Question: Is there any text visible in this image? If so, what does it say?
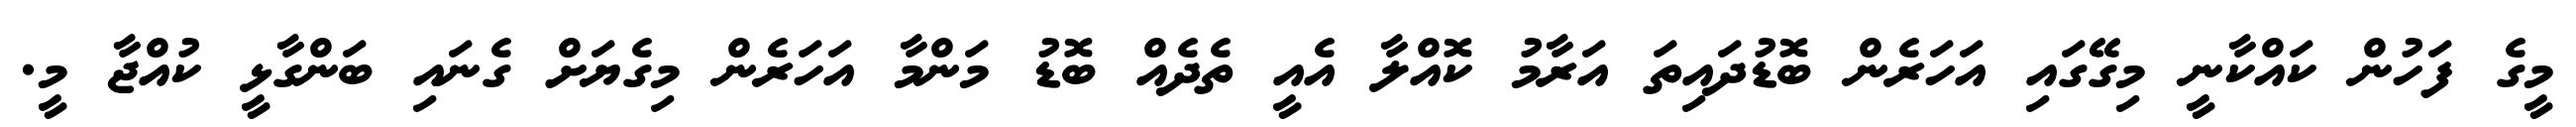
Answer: މީގެ ފަހުން ކައްކާނީ މިގޭގައި އަހަރެން ބޮޑުދައިތަ އަރާމު ކޮއްލާ އެއީ ތެދެއް ބޮޑު މަންމާ އަހަރެން މިގެޔަށް ގެނައި ބަންގާޅީ ކުއްޖާ މީ.